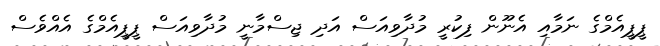
ޕީޕީއެމްގެ ނަމާއި އެނޫން ފިކުރީ މުދާވިއަސް އަދި ޖިސްމާނީ މުދާވިއަސް ޕީޕީއެމްގެ އެއްވެސް